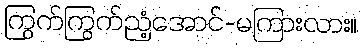
ကြွက်ကြွက်ညံ့အောင်-မကြားလား။